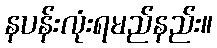
နပန်းလုံးရမည်နည်း။